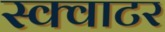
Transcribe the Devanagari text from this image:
स्क्वाटर